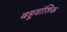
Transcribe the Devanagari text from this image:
बहुवांशिक